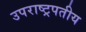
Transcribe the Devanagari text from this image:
उपराष्ट्रपतीय